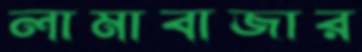
লামাবাজার